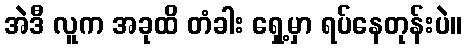
အဲဒီ လူက အခုထိ တံခါး ရှေ့မှာ ရပ်နေတုန်းပဲ။